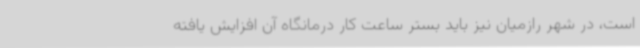
است، در شهر رازمیان نیز باید بستر ساعت کار درمانگاه آن افزایش یافته